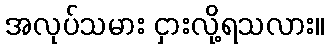
အလုပ်သမား ငှားလို့ရသလား။